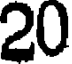
20